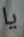
يا